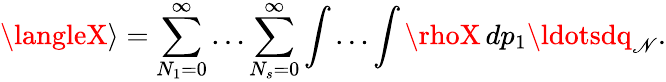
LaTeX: \langleX\rangle=\sum_{N_{1}=0}^{\infty}\ldots\sum_{N_{s}=0}^{\infty}\int\ldots\int\rhoX\, dp_{1}\ldotsdq_{\mathscr{N}}.